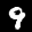
Label: 9